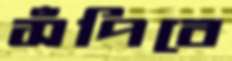
সঁপিবে